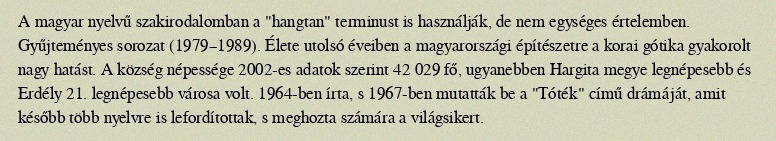
A magyar nyelvű szakirodalomban a "hangtan" terminust is használják, de nem egységes értelemben. Gyűjteményes sorozat (1979–1989). Élete utolsó éveiben a magyarországi építészetre a korai gótika gyakorolt nagy hatást. A község népessége 2002-es adatok szerint 42 029 fő, ugyanebben Hargita megye legnépesebb és Erdély 21. legnépesebb városa volt. 1964-ben írta, s 1967-ben mutatták be a "Tóték" című drámáját, amit később több nyelvre is lefordítottak, s meghozta számára a világsikert.